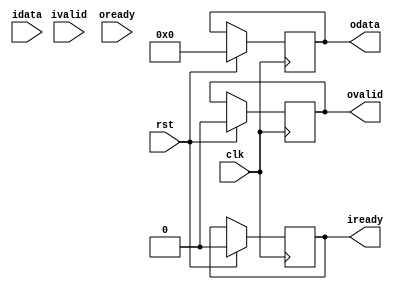
module s_box_forward
(
    input clk,
    input rst,
    input [7:0] idata,
    output reg [7:0] odata,
    output iready,
    input ivalid,
    input oready, //Raise when data is completely processed by s_box, and ready to be read by outside driver
    output reg ovalid //Raise after two clocks cycles from zero when s_box is ready to take in data
);

reg counter; //keeps track of state. Should wait 2 clock cycles before raising flags

reg odata01;
reg odata02;
reg odata03;
reg odata_f;

reg odata04;
reg odata05;
reg odata06;
reg odata_f1;

reg odata07;
reg odata08;
reg odata09;
reg odata_f2;

reg odata10;
reg odata11;
reg odata12;
reg odata_f3;

reg odata13;
reg odata14;
reg odata15;
reg odata_f4;

reg odata16;
reg odata17;
reg odata18;
reg odata_f5;

reg odata19;
reg odata20;
reg odata21;
reg odata_f6;

reg odata22;
reg odata23;
reg odata24;
reg odata_f7;

always@ (posedge clk)
begin

if (rst)
    begin
        odata[7:0] = 7'b0;
        ovalid <= 0;
        ivalid <= 0;
        oready <= 0;
        iready <= 0;
        counter = 0;
    end
    
else if (ivalid)
    begin     
        if (counter==2) begin
            ovalid = 1;
        end
    end

if (oready)
    begin
    
    end

if(counter<2) begin
    counter=counter+1;
end


odata01 <= idata[0]^idata[4];
odata02 <= idata[5]^idata[6];
odata03 <= idata[7]^1;
odata_f = odata01^odata02^odata03;

odata04 <= idata[1]^idata[5];
odata05 <= idata[6]^idata[7];
odata06 <= idata[0]^1;
odata_f1 = odata04^odata05^odata06;

odata07 <= idata[2]^idata[6];
odata08 <= idata[7]^idata[0];
odata09 <= idata[1]^1;
odata_f2 = odata07^odata08^odata09;

odata10 <= idata[3]^idata[7];
odata11 <= idata[0]^idata[1];
odata12 <= idata[2]^1;
odata_f3 = odata10^odata11^odata12;

odata13 <= idata[4]^idata[0];
odata14 <= idata[1]^idata[2];
odata15 <= idata[3]^1;
odata_f4 = odata13^odata14^odata15;

odata16 <= idata[5]^idata[1];
odata17 <= idata[2]^idata[3];
odata18 <= idata[4]^1;
odata_f5 = odata16^odata17^odata18;

odata19 <= idata[6]^idata[2];
odata20 <= idata[3]^idata[4];
odata21 <= idata[5]^1;
odata_f6 = odata19^odata20^odata21;

odata22 <= idata[7]^idata[3];
odata23 <= idata[4]^idata[5];
odata24 <= idata[6]^1;
odata_f7 = odata22^odata23^odata24;


end
endmodule